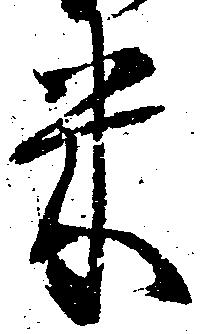
米